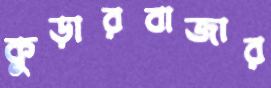
কুড়ারবাজার